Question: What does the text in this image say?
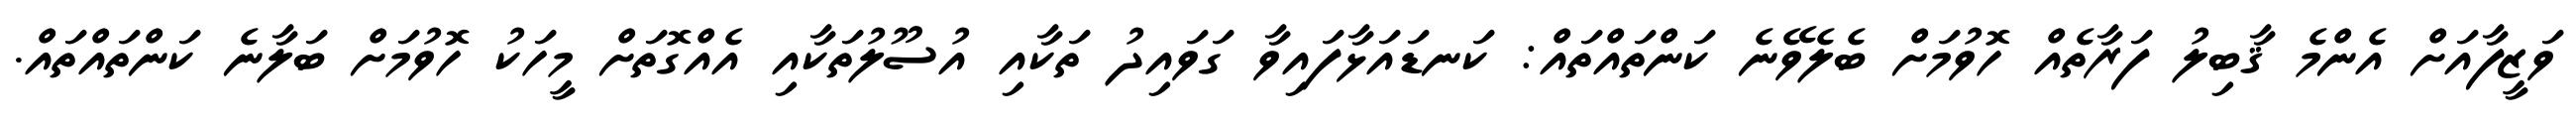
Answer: ވަޒީފާއަށް އެންމެ ޤާބިލު ފަރާތެއް ހޮވުމަށް ބެލެވޭނެ ކަންތައްތައް: ކަނޑައަޅާފައިވާ ގަވައިދު ތަކާއި އުސޫލުތަކާއި އެއްގޮތަށް މީހަކު ހޮވުމަށް ބަލާނެ ކަންތައްތައް.